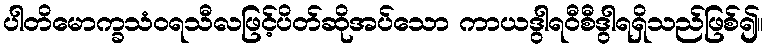
ပါတိမောက္ခသံဝရသီလဖြင့်ပိတ်ဆိုအပ်သော ကာယဒွါရဝီစီဒွါရရှိသည်ဖြစ်၍။